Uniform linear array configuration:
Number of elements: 24
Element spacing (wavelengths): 0.75
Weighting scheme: kaiser
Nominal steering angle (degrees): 0
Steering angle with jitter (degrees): -1.068
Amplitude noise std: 0.05
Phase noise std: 0.05

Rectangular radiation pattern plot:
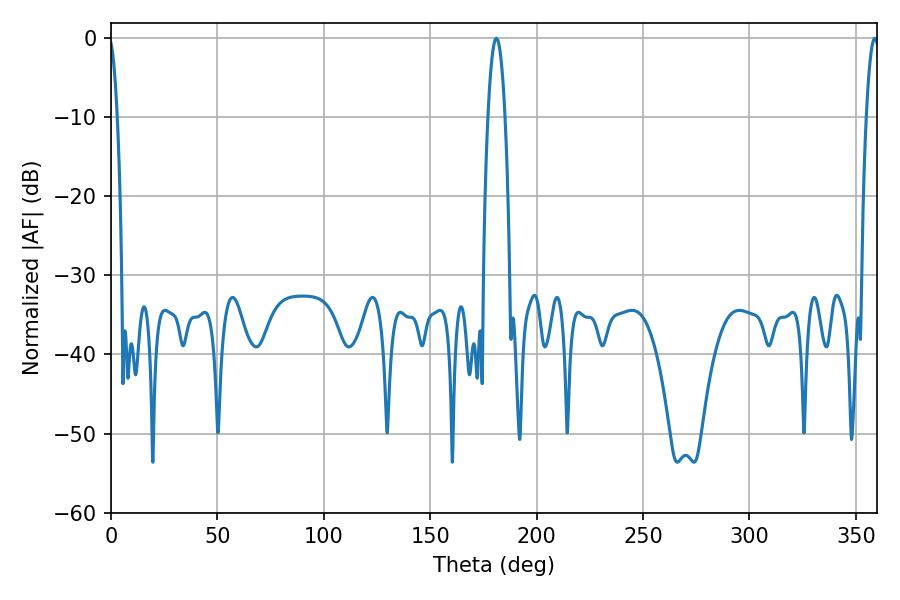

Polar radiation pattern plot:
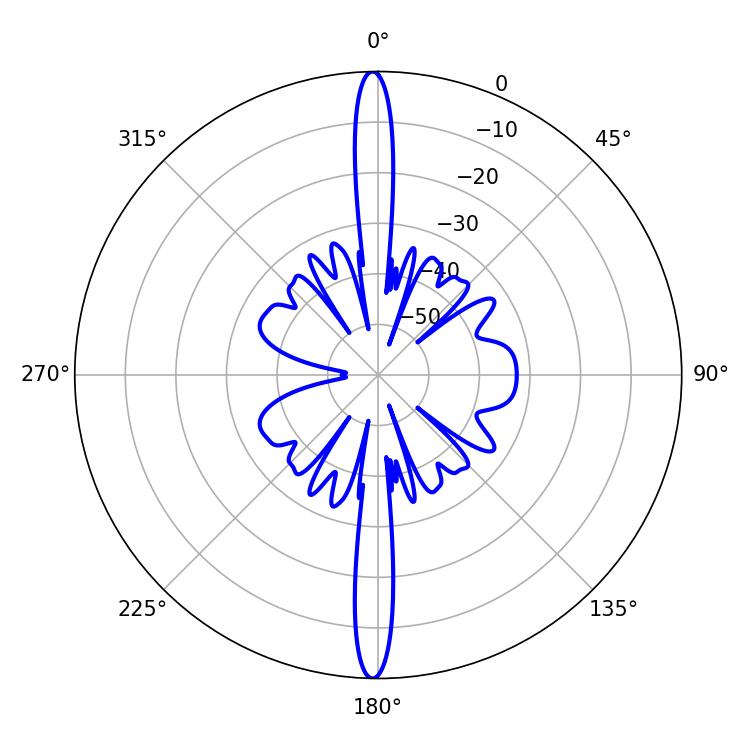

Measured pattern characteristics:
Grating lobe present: TRUE
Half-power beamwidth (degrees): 4.32
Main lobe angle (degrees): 181.08